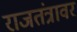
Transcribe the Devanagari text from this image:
राजतंत्रावर